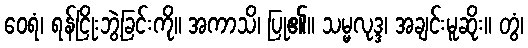
ဝေရံ၊ ရန်ငြိုးဘွဲ့ခြင်းကို။ အကာသိ၊ ပြု၏။ သမ္မလုဒ္ဒ၊ အချင်းမူဆိုး။ တွံ၊